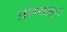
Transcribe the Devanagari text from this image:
प्राण्याहून